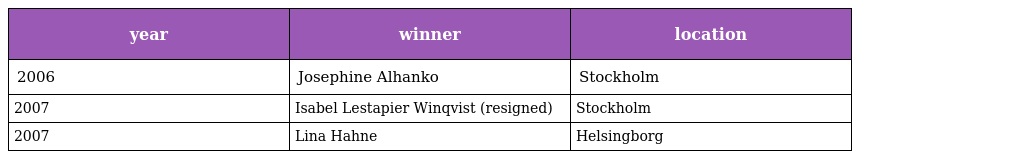
| year | winner | location |
 | --- | --- | --- |
 | 2006 | Josephine Alhanko | Stockholm |
 | 2007 | Isabel Lestapier Winqvist (resigned) | Stockholm |
 | 2007 | Lina Hahne | Helsingborg |